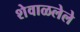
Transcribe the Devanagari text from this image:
शेवाळलेले